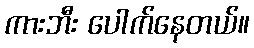
ကားဘီး ပေါက်နေတယ်။